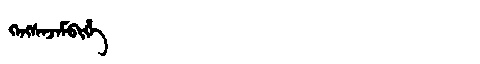
Manchu: ᡴᡝᠩᠰᡝᠵᡝᠮᠪᡳᡥᡝ
Romanization: KENGSEJEMBIHE